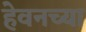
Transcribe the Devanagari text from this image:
हेवनच्या